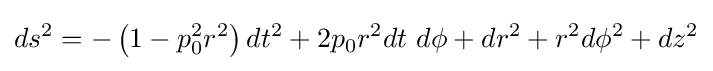
ds^{2}=-\left(1-p_{0}^{2}r^{2}\right)dt^{2}+2p_{0}r^{2}dt\ d\phi +dr^{2}+r^{2}d\phi ^{2}+dz^{2}